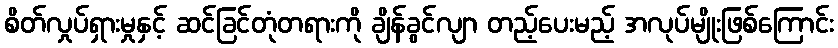
စိတ်လှုပ်ရှားမှုနှင့် ဆင်ခြင်တုံတရားကို ချိန်ခွင်လျာ တည့်ပေးမည့် အလုပ်မျိုးဖြစ်ကြောင်း